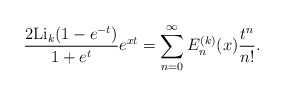
\begin{align*}\frac{2{\rm Li}_k(1-e^{-t})}{1+e^{t}}e^{xt}=\sum_{n=0}^{\infty}E^{(k)}_n(x)\frac{t^n}{n!}.\end{align*}